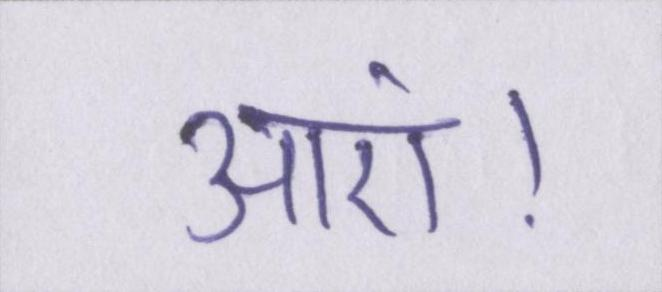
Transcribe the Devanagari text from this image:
आएं।